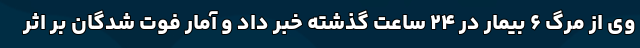
وی از مرگ ۶ بیمار در ۲۴ ساعت گذشته خبر داد و آمار فوت شدگان بر اثر